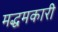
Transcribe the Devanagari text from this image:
मद्धमकारी